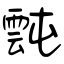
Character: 霕